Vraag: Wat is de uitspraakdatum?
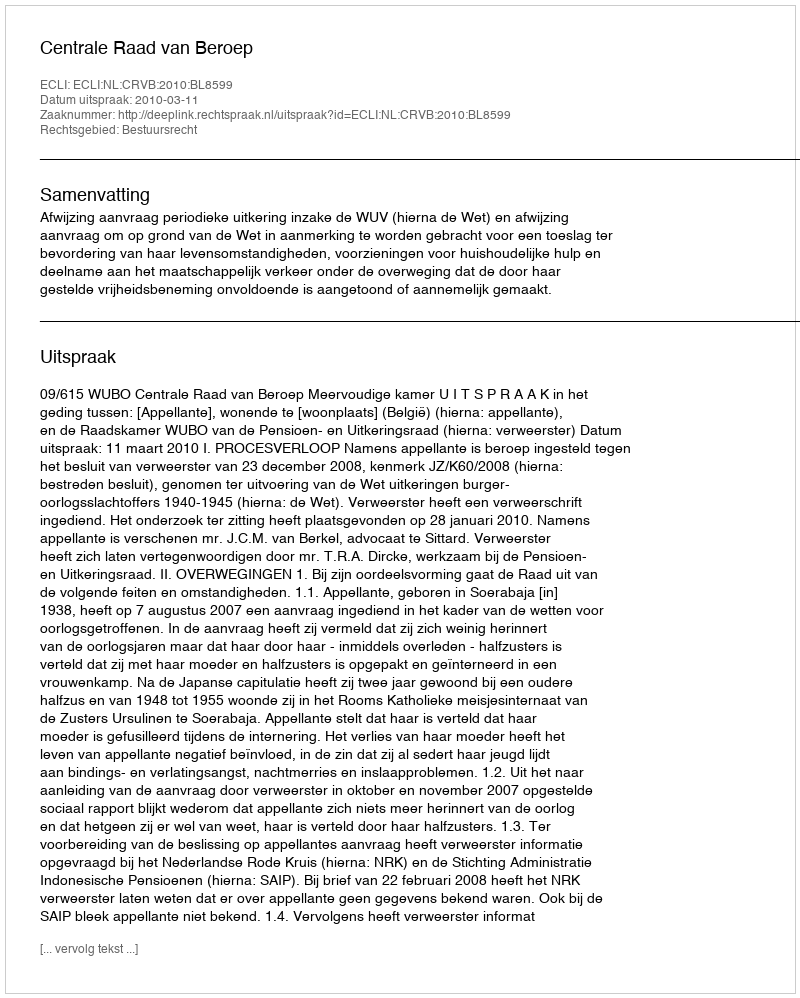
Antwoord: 2010-03-11